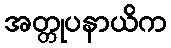
အတ္တုပနာယိက